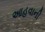
આહવાની